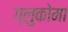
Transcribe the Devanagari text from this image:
ग्लुकोमा